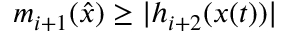
m _ { i + 1 } ( { \hat { x } } ) \geq | h _ { i + 2 } ( x ( t ) ) |